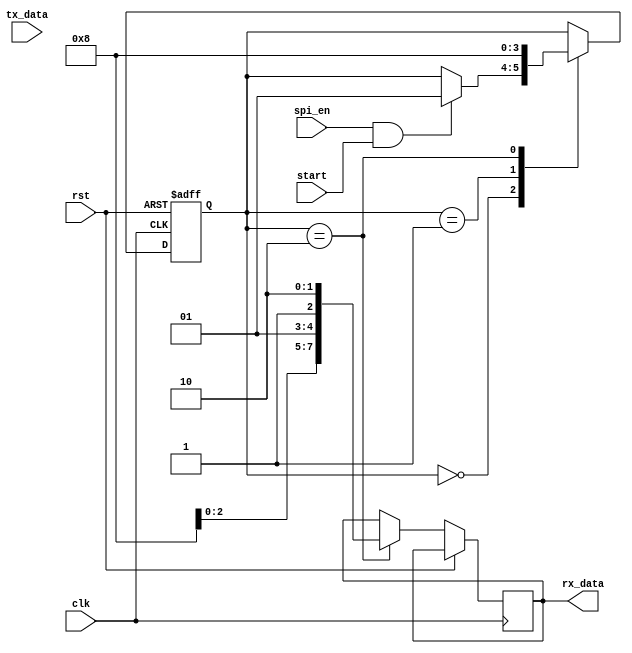
module spi_master (
    input wire clk,
    input wire rst,
    input wire spi_en,
    input wire start,
    input wire [7:0] tx_data,
    output reg [7:0] rx_data
);

// State machine states
parameter IDLE = 2'b00;
parameter TX = 2'b01;
parameter RX = 2'b10;

// State machine signals
reg [1:0] state;
reg [7:0] data_reg;

// Data buffering
reg [7:0] tx_buffer;
reg [7:0] rx_buffer;

always @(posedge clk or posedge rst) begin
    if (rst) begin
        state <= IDLE;
        data_reg <= 8'b0;
    end else begin
        case (state)
            IDLE: begin
                if (spi_en && start) begin
                    tx_buffer <= tx_data;
                    state <= TX;
                end
            end
            TX: begin
                // Transmit logic here
                state <= RX;
            end
            RX: begin
                // Receive logic here
                state <= IDLE;
                rx_data <= rx_buffer;
            end
        endcase
    end
end

endmodule